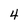
Character: 4